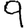
Digit: 9